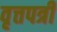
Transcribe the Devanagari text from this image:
वृत्तपत्री